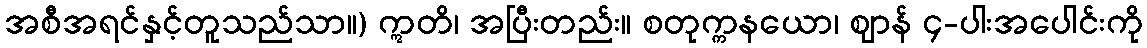
အစီအရင်နှင့်တူသည်သာ။) ဣတိ၊ အပြီးတည်း။ စတုက္ကနယော၊ ဈာန် ၄-ပါးအပေါင်းကို